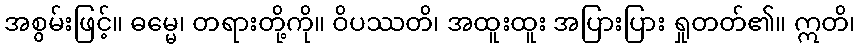
အစွမ်းဖြင့်။ ဓမ္မေ၊ တရားတို့ကို။ ဝိပဿတိ၊ အထူးထူး အပြားပြား ရှုတတ်၏။ ဣတိ၊